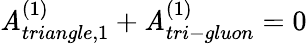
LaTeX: {\cal\mathit{A}}_{triangle,1}^{(1)}+{\cal\mathit{A}}_{tri-gluon}^{(1)}=0